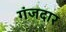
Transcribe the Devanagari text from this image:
गंजदार